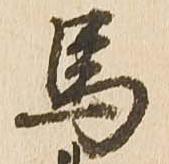
馬